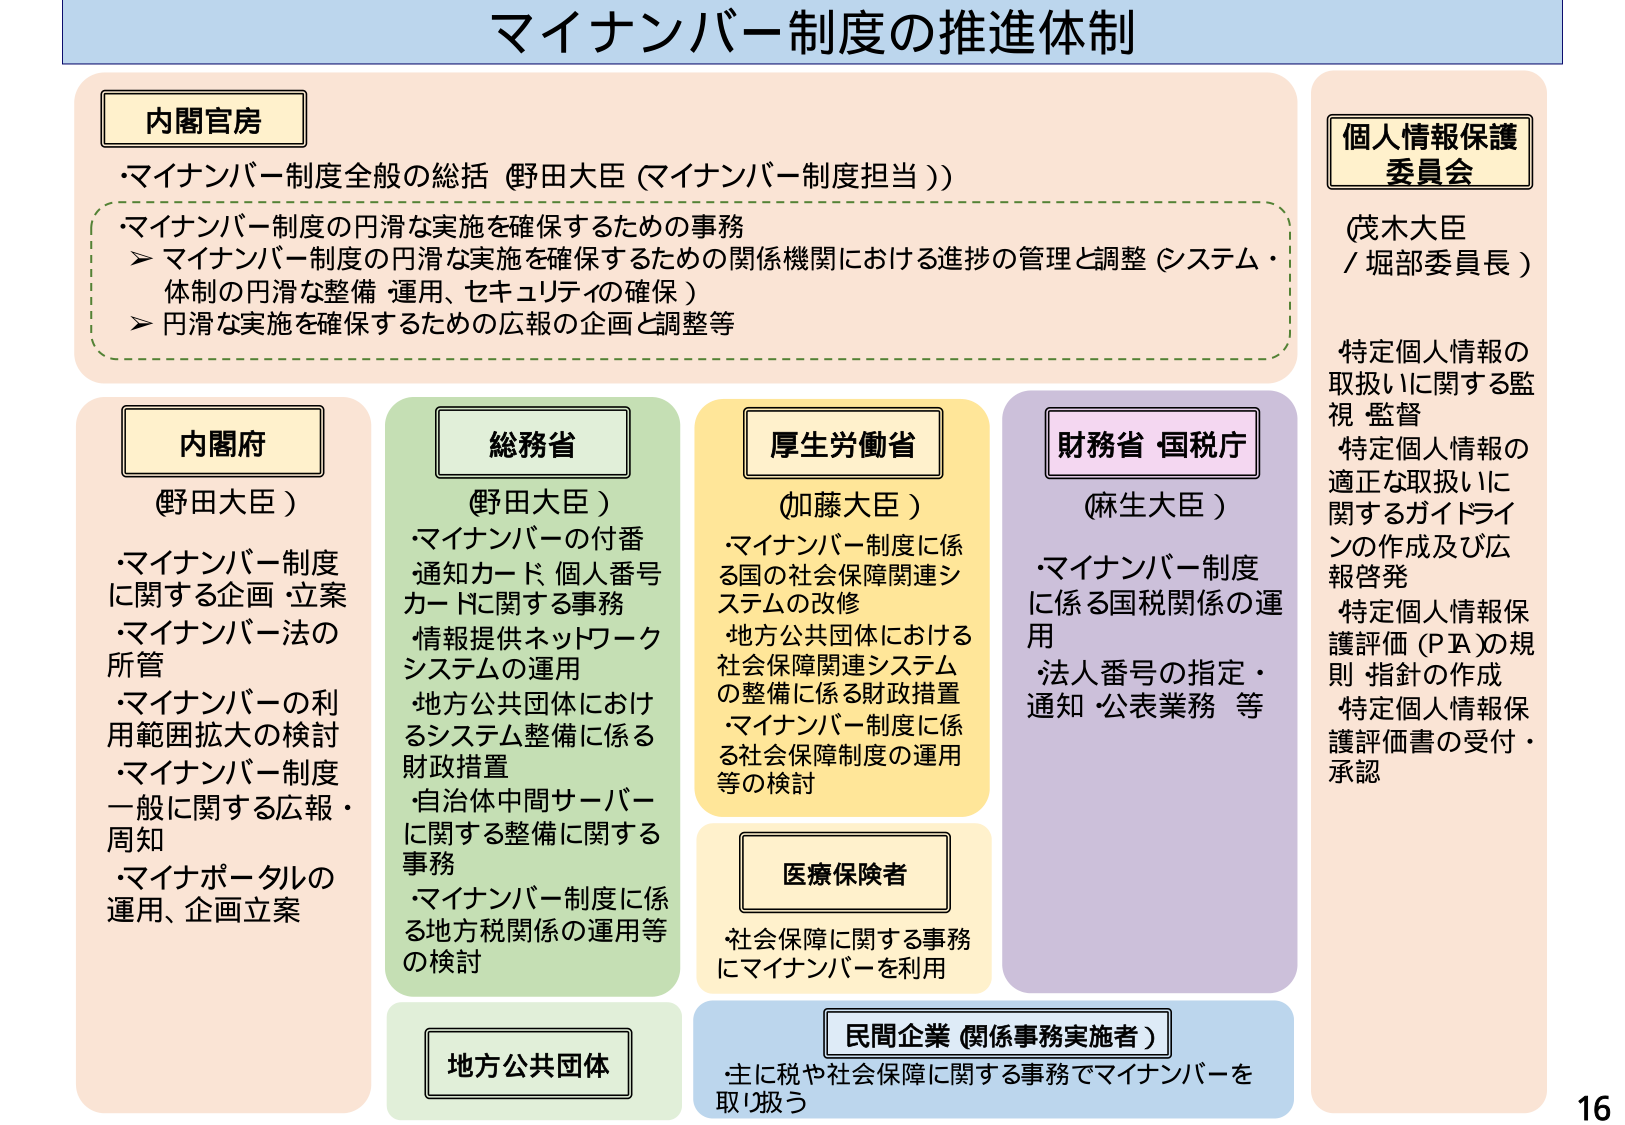
マイナンバー制度の推進体制

内閣官房
・マイナンバー制度全般の総括（野田大臣（マイナンバー制度担当））
・マイナンバー制度の円滑な実施を確保するための事務
　＞ マイナンバー制度の円滑な実施を確保するための関係機関における進捗の管理と調整（システム・体制の円滑な整備・運用、セキュリティの確保）
　＞ 円滑な実施を確保するための広報の企画と調整等

内閣府
（野田大臣）
・マイナンバー制度に関する企画・立案
・マイナンバー法の所管
・マイナンバーの利用範囲拡大の検討
・マイナンバー制度一般に関する広報・周知
・マイナポータルの運用、企画立案

総務省
（野田大臣）
・マイナンバーの付番通知カード・個人番号カードに関する事務
・情報提供ネットワークシステムの運用
・地方公共団体におけるシステム整備に係る財政措置
・自治体中間サーバーに関する整備に関する事務
・マイナンバー制度に係る地方税関係の運用等の検討

厚生労働省
（加藤大臣）
・マイナンバー制度に係る国の社会保障関連システムの改修
・地方公共団体における社会保障関連システムの整備に係る財政措置
・マイナンバー制度に係る社会保障制度の運用等の検討

医療保険者
・社会保障に関する事務にマイナンバーを利用

財務省 国税庁
（麻生大臣）
・マイナンバー制度に係る国税関係の運用
・法人番号の指定・通知・公表業務等

民間企業（関係事務実施者）
・主に税や社会保障に関する事務でマイナンバーを取り扱う

地方公共団体

個人情報保護委員会
（茂木大臣／堀部委員長）
・特定個人情報の取扱いに関する監視・監督
・特定個人情報の適正な取扱いに関するガイドラインの作成及び広報啓発
・特定個人情報保護評価（PA）の規則・指針の作成
・特定個人情報保護評価書の受付・承認

16